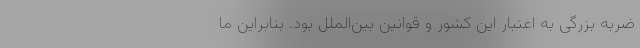
ضربه بزرگی به اعتبار این کشور و قوانین بین‌الملل بود. بنابراین ما